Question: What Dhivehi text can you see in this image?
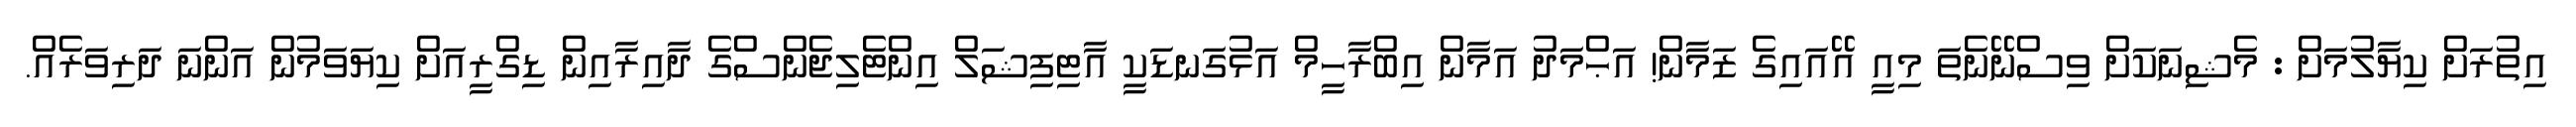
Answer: އިތުރަށް ކިޔާލުމަށް : މެޝިނަކަށް ވިސްނޭނެތަ މިއީ އޭއައިގެ ޒަމާން! އަޙްމަދު އަމާން އިބްރާހީމް އަޅުގަނޑަކީ އާޓިފިޝަލް އިންޓެލިޖެންސްގެ ދާއިރާއިން ޑިގްރީއަށް ކިޔަވަމުން އަންނަ ދަރިވަރެއް.